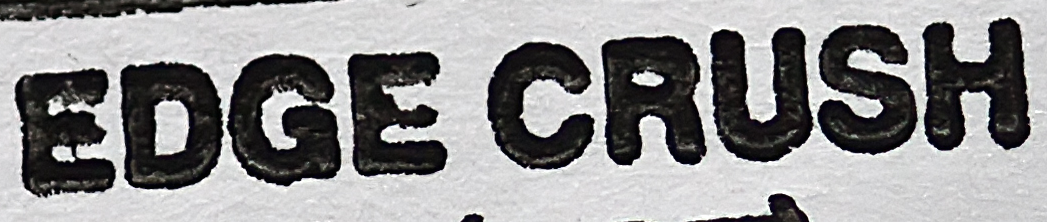
EDGE CRUSH